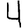
Digit: 4